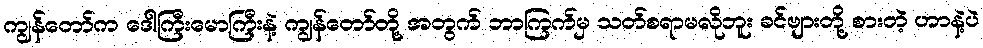
ကျွန်တော်က ဒေါကြီးမောကြီးနဲ့ ကျွန်တော်တို့ အတွက် ဘာကြက်မှ သတ်စရာမလိုဘူး ခင်ဗျားတို့ စားတဲ့ ဟာနဲ့ပဲ